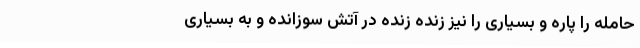
حامله را پاره و بسیاری را نیز زنده زنده در آتش سوزانده و به بسیاری